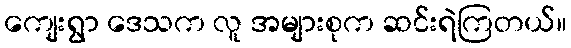
ကျေးရွာ ဒေသက လူ အများစုက ဆင်းရဲကြတယ်။